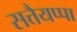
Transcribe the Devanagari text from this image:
सत्तैयप्पा